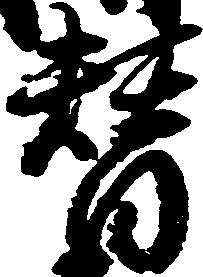
替